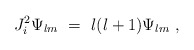
\begin{align*}J^2_i \Psi_{lm} \ = \ l(l+1) \Psi_{lm} \ ,\end{align*}